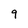
Character: q